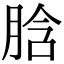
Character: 𦛜